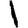
Digit: 1